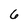
Character: 6